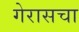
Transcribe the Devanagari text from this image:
गेरासचा